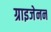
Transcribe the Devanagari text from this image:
ग्राइजेनन